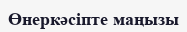
Өнеркәсіпте маңызы